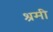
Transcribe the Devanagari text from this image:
श्रमी